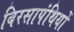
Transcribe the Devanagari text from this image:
बिरसापंथियों